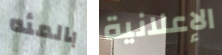
بالمئه الإعلانية